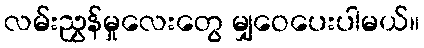
လမ်းညွှန်မှုလေးတွေ မျှဝေပေးပါမယ်။